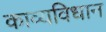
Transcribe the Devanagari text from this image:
काव्यविधान